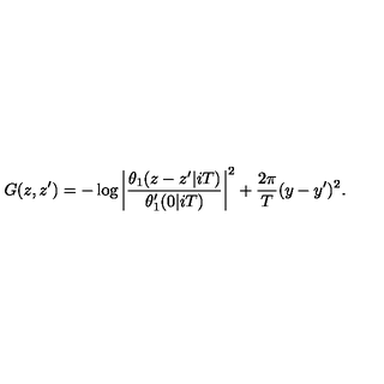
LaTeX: G ( z , z ^ { \prime } ) = - \log \left| \frac { \theta _ { 1 } ( z - z ^ { \prime } | i T ) } { \theta _ { 1 } ^ { \prime } ( 0 | i T ) } \right| ^ { 2 } + \frac { 2 \pi } { T } ( y - y ^ { \prime } ) ^ { 2 } .